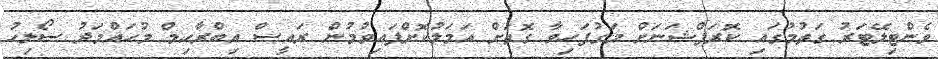
ވެންޓިލޭޓަރު ގަތުމުގައި ކޮރަޕްޝަނަށް މަގުފަހިވާ ގޮތަށް އަމަލުކޮށްފައިވުމުން ރައީސް އިބްރާހިމް މުހައްމަދު ސޯލިހު